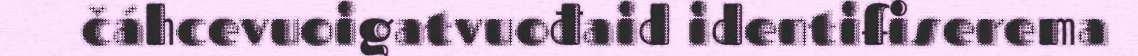
čáhcevuoigatvuođaid identifiserema